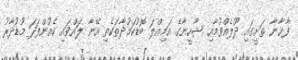
ފާޚާނާ ތަށީގައި ދޫލެއްވުމާއި ޝާހީނާގެ އަމިއްލަ ބޮޑުކަމުދާތަކެތި އޭނާ ލައްވައި ކެއުންފަދަ މުޑުދާރު